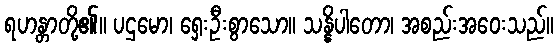
ရဟန္တာတို့၏။ ပဌမော၊ ရှေးဦးစွာသော။ သန္နိပါတော၊ အစည်းအဝေးသည်။